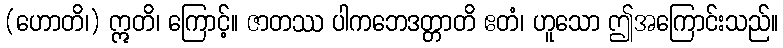
(ဟောတိ၊) ဣတိ၊ ကြောင့်။ ဇာတဿ ပါကဘေဒတ္တာတိ ဧတံ၊ ဟူသော ဤအကြောင်းသည်။